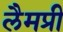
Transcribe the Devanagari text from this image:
लैमप्री